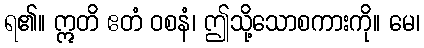
ရ၏။ ဣတိ ဧတံ ဝစနံ၊ ဤသို့သောစကားကို။ မေ၊